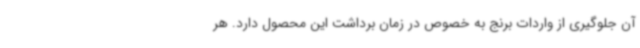
آن جلوگیری از واردات برنج به خصوص در زمان برداشت این محصول دارد. هر